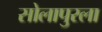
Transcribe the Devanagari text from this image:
सोलापुरला